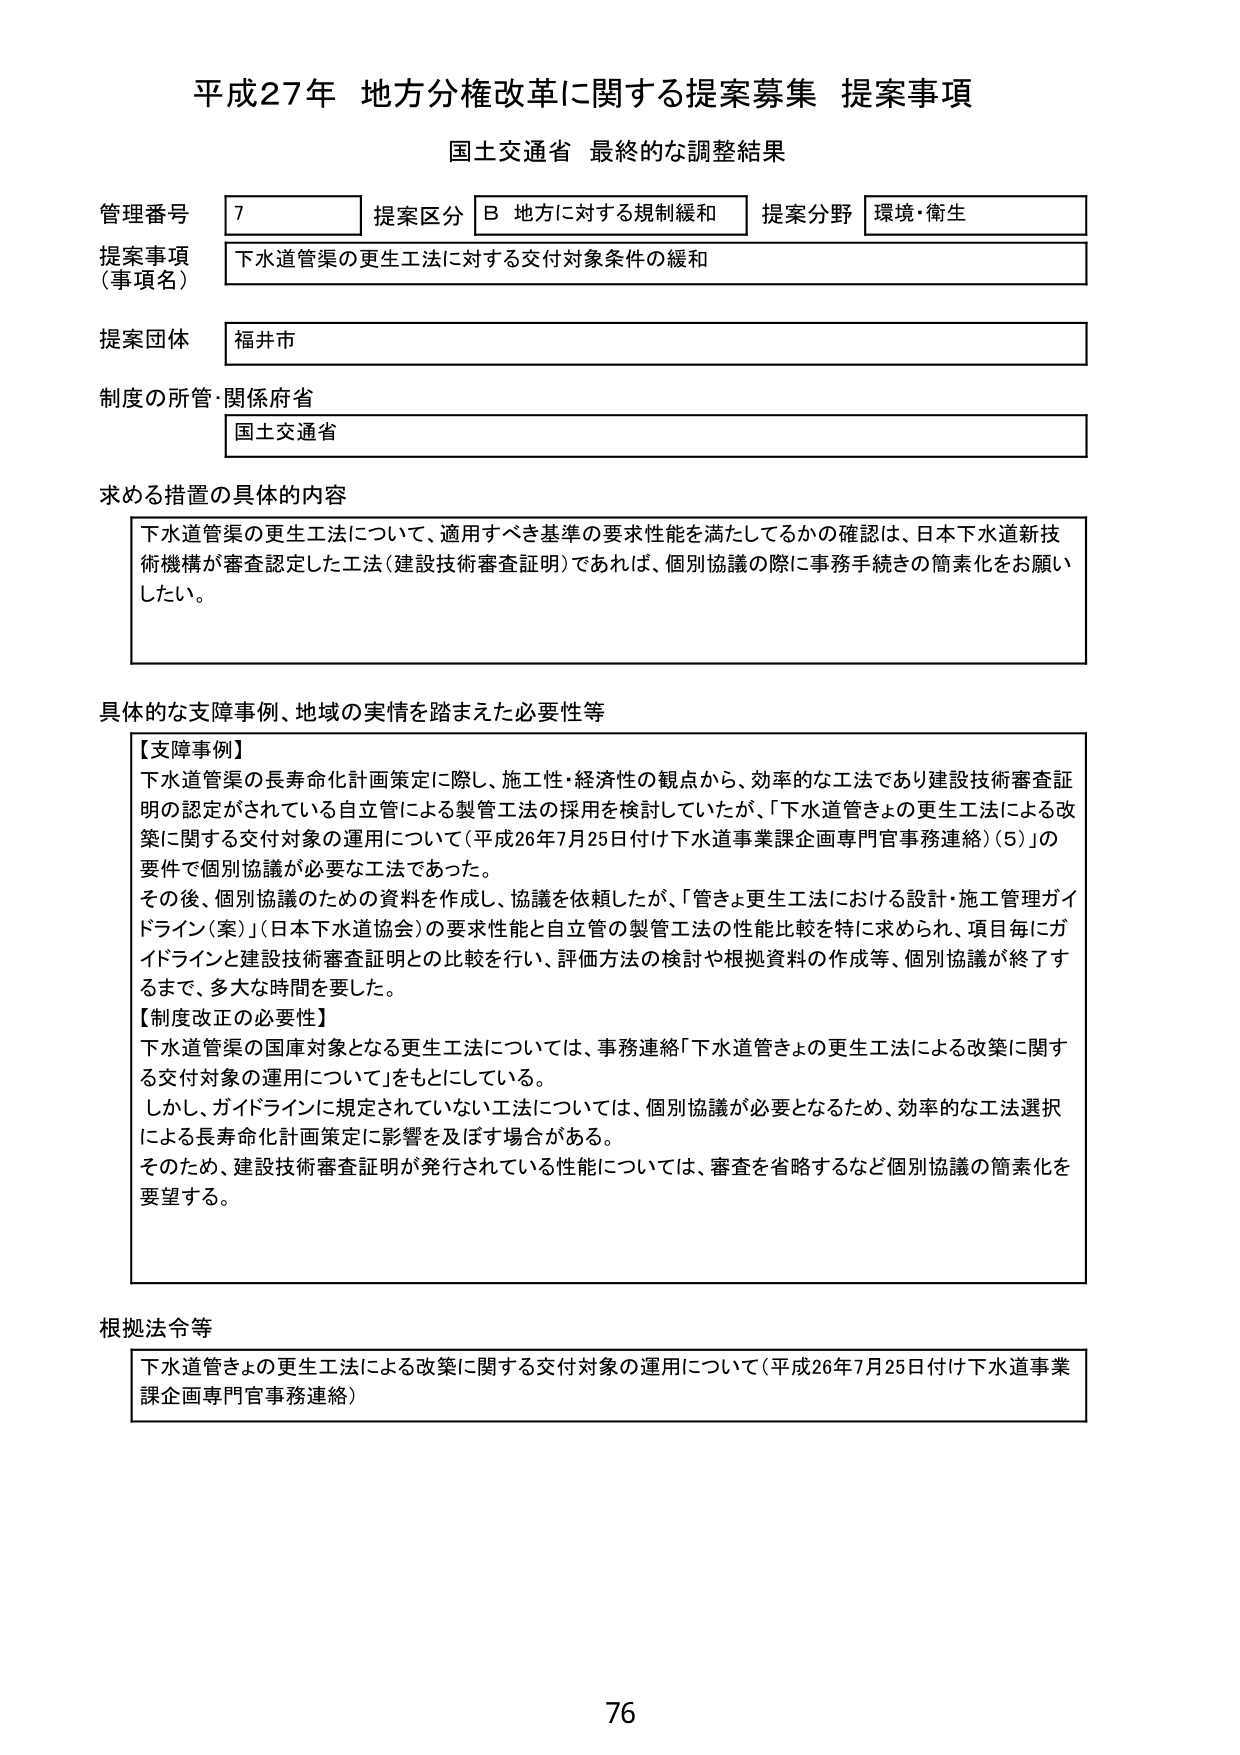
平成27年 地方分権改革に関する提案募集 提案事項
国土交通省 最終的な調整結果

管理番号 7
提案区分 B 地方に対する規制緩和
提案分野 環境・衛生

提案事項（事項名）
下水道管渠の更生工法に対する交付対象条件の緩和

提案団体
福井市

制度の所管・関係府省
国土交通省

求める措置の具体的内容
下水道管渠の更生工法について、適用すべき基準の要求性能を満たしてるかの確認は、日本下水道新技術機構が審査認定した工法（建設技術審査証明）であれば、個別協議の際に事務手続きの簡素化をお願いしたい。

具体的な支障事例、地域の実情を踏まえた必要性等
【支障事例】
下水道管渠の長寿命化計画策定に際し、施工性・経済性の観点から、効率的な工法であり建設技術審査証明の認定がされている自立管による製管工法の採用を検討していたが、「下水道管きょの更生工法による改築に関する交付対象の運用について（平成26年7月25日付け下水道事業課企画専門官事務連絡）（5）」の要件で個別協議が必要な工法であった。
その後、個別協議のための資料を作成し、協議を依頼したが、「管きょ更生工法における設計・施工管理ガイドライン（案）」（日本下水道協会）の要求性能と自立管の製管工法の性能比較を特に求められ、項目毎にガイドラインと建設技術審査証明との比較を行い、評価方法の検討や根拠資料の作成等、個別協議が終了するまで、多大な時間を要した。
【制度改正の必要性】
下水道管渠の国庫対象となる更生工法については、事務連絡「下水道管きょの更生工法による改築に関する交付対象の運用について」をもとにしている。
しかし、ガイドラインに規定されていない工法については、個別協議が必要となるため、効率的な工法選択による長寿命化計画策定に影響を及ぼす場合がある。
そのため、建設技術審査証明が発行されている性能については、審査を省略するなど個別協議の簡素化を要望する。

根拠法令等
下水道管きょの更生工法による改築に関する交付対象の運用について（平成26年7月25日付け下水道事業課企画専門官事務連絡）

76